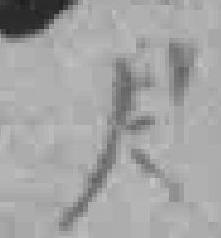
尺